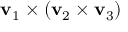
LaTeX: \mathbf { v } _ { 1 } \times \left( \mathbf { v } _ { 2 } \times \mathbf { v } _ { 3 } \right)